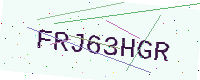
Text: FRJ63HGR